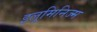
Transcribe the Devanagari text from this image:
इलूमिनिज्म